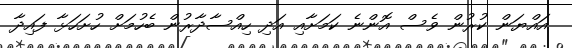
އައްޔަން ކުރުން ވެސް އޮންނެ ކަމަށާއި އަދި ހިއްސާދާރުން ބެހުމަށް ހުށަހަޅާ ފައިދާ